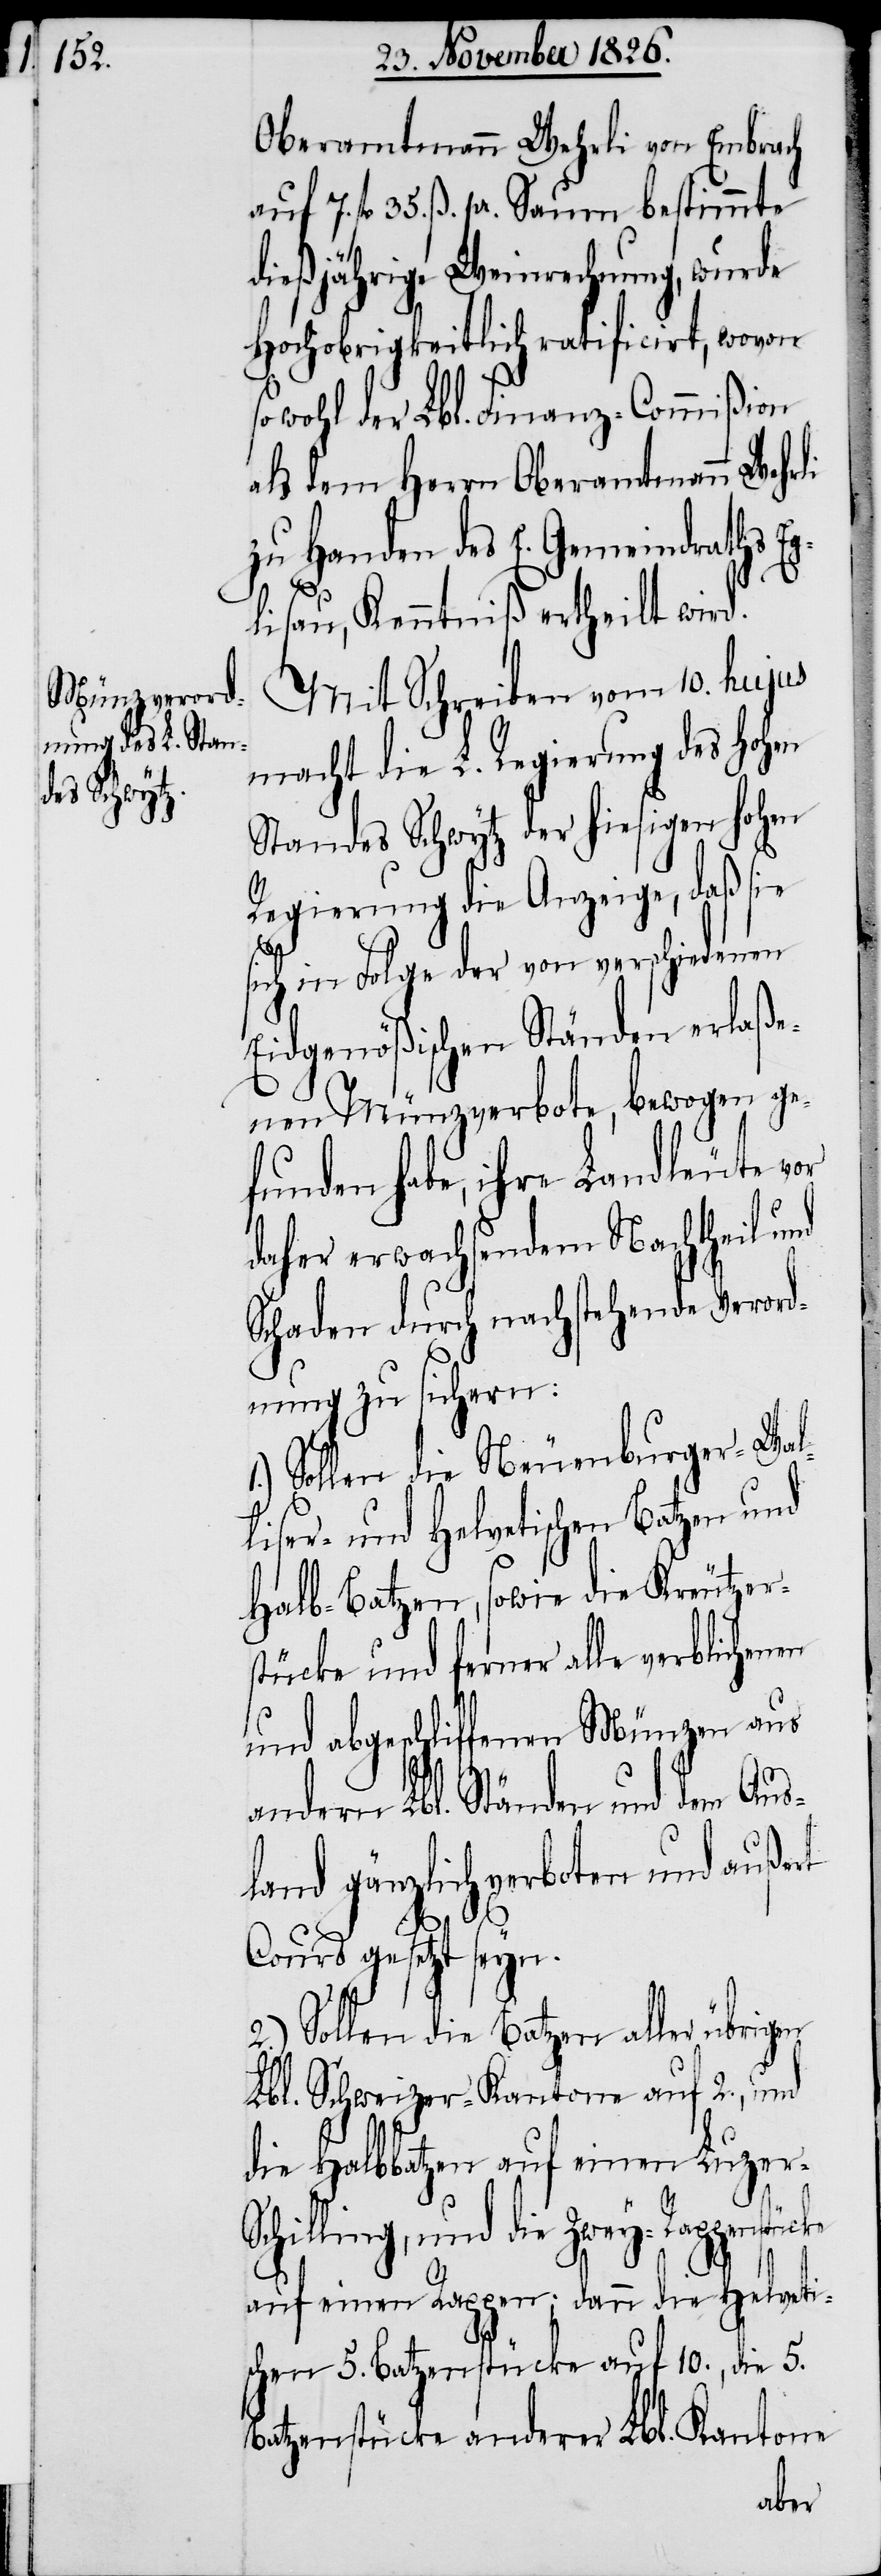
Oberamtmann Wehrli von Embrach
auf 7. fl. 25 ß. pr. Saum bestimmte
dießjährige Weinrechnung, wurde
Hochobrigkeitlich ratificirt, wovon
sowohl der Lbl. Finanz-Commißion
als dem Herrn Oberamtmann Wehrli
zu Handen des E. Gemeindraths Eg¬
lisau, Kenntniß ertheilt wird.
Mit Schreiben vom 10. hujus
macht die L. Regierung des hohen
Standes Schwytz der hiesigen hohen
Regierung die Anzeige, daß sie
sich in Folge der von verschiedenen
Eidgenößischen Ständen erlaße¬
nen Münzverbote, bewogen ge¬
funden habe, ihre Landleute vor
daher erwachsendem Nachtheil und
Schaden durch nachstehende Verord¬
nung zu sichern:
Sollen die Neuenburger-[,]
liser- und Helvetischen Batzen und
Halb-Batzen, sowie die Kreutzer¬
stücke und ferner alle verblichenen
und abgeschliffenen Münzen aus
andern Lbl. Ständen und dem Aus¬
land gänzlich verboten und außert
r-S¬
Cours gesetzt seyn.
2.) Sollen die Batzen aller übrigen
Lbl. Schweizer-Kantone auf 2., und
die Halbbatzen auf einen Luze¬
chilling, und die Zwey-Rappenstücke
auf einen Rappen; dann die Helveti¬
schen 5. Batzenstücke auf 10., die 5.
Batzenstücke anderer Lbl. Kantone